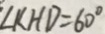
\angle K H D = 6 0 ^ { \circ }